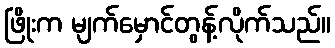
ဖြိုးက မျက်မှောင်တွန့်လိုက်သည်။